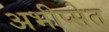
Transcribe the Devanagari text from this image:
अभीप्सेत